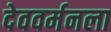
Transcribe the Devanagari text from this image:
देववर्मनला